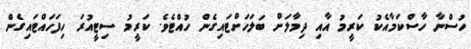
ހުސްނާ ހާސްކަމާއެކު ކަރީމު އާއި ދިމާލަށް ބަލަހަށްޓައިގެން ހުއްޓެވެ. ކަރީމު ސިޓީއުރަ ހިފަހައްޓައިގެން